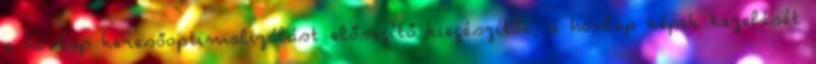
a honlap keresőoptimalizálást elősegítő kiegészítők, a honlap képek kezelését